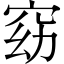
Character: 窈